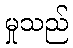
မှုသည်